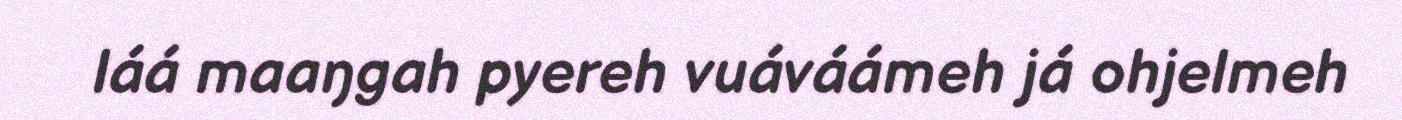
láá maaŋgah pyereh vuáváámeh já ohjelmeh